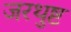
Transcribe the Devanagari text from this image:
जरथुष्ट